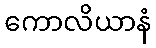
ကောလိယာနံ